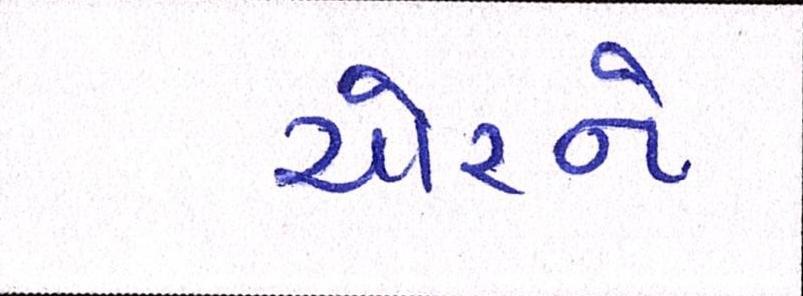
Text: ચોરને